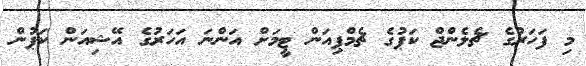
މި ފަހަރުގެ ޗެލެންޖް ކަޕުގެ ޗެމްޕިއަން ޓީމަށް އަންނަ އަހަރުގެ އޭޝިއަން ކަޕުން